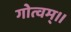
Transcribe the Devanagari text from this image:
गोत्वम्।।